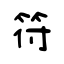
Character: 符